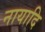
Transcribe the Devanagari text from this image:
नायादि